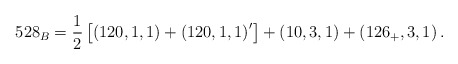
\begin{align*}528_B=\frac 12\left[ \left( 120,1,1\right) +\left( 120,1,1\right) ^{\prime}\right] +\left( 10,3,1\right) +\left( 126_{+},3,1\right) . \end{align*}